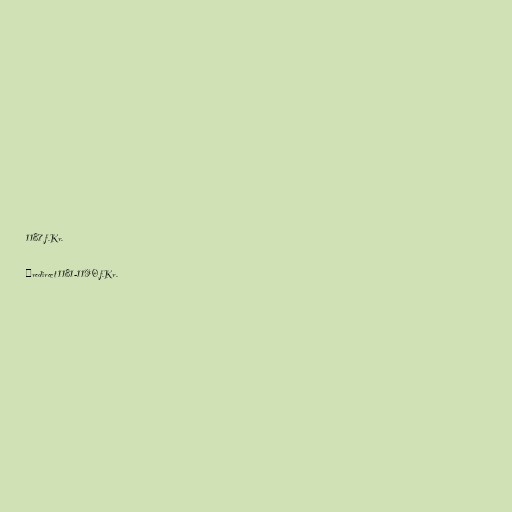
1187 f.Kr.

#redirect 1181-1190 f.Kr.